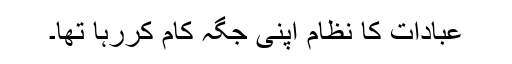
عبادات کا نظام اپنی جگہ کام کررہا تھا۔